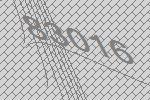
83016